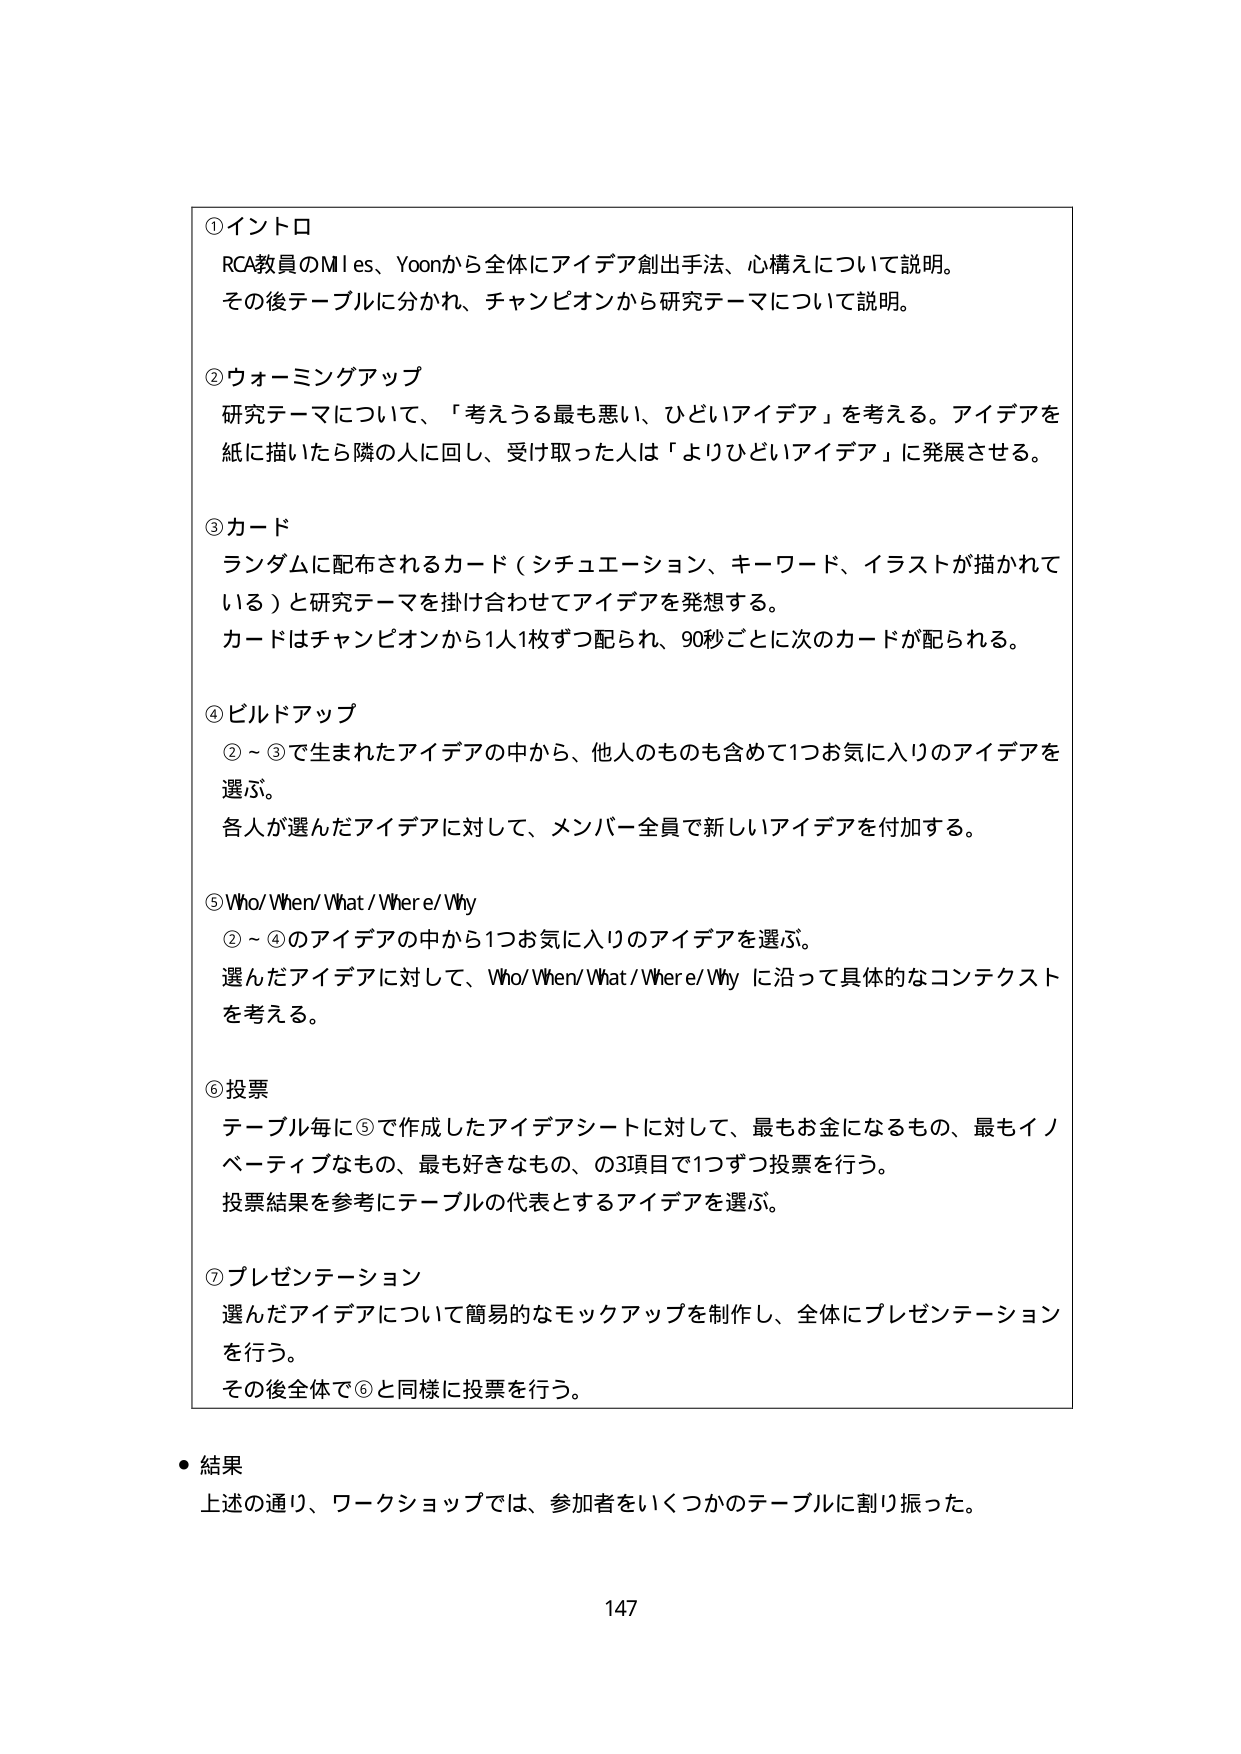
① イントロ
RCA教員のMiles、Yoonから全体にアイデア創出手法、心構えについて説明。
その後テーブルに分かれ、チャンピオンから研究テーマについて説明。

② ウォーミングアップ
研究テーマについて、「考えうる最も悪い、ひどいアイデア」を考える。アイデアを
紙に描いたら隣の人へ回し、受け取った人は「よりひどいアイデア」に発展させる。

③ カード
ランダムに配布されるカード（シチュエーション、キーワード、イラストが描かれて
いる）と研究テーマを掛け合わせてアイデアを発想する。
カードはチャンピオンから1人1枚ずつ配られ、90秒ごとに次のカードが配られる。

④ ビルドアップ
②～③で生まれたアイデアの中から、他人のものも含めて1つお気に入りのアイデアを
選ぶ。
各人が選んだアイデアに対して、メンバー全員で新しいアイデアを付加する。

⑤ Who/When/What/Where/Why
②～④のアイデアの中から1つお気に入りのアイデアを選ぶ。
選んだアイデアに対して、Who/When/What/Where/Why に沿って具体的なコンテクスト
を考える。

⑥ 投票
テーブル毎に⑤で作成したアイデアシートに対して、最もお金になるもの、最もイノ
ベーティブなもの、最も好きなもの、の3項目で1つずつ投票を行う。
投票結果を参考にテーブルの代表とするアイデアを選ぶ。

⑦ プレゼンテーション
選んだアイデアについて簡易的なモックアップを制作し、全体にプレゼンテーション
を行う。
その後全体で⑥と同様に投票を行う。

・ 結果
上述の通り、ワークショップでは、参加者をいくつかのテーブルに割り振った。

147